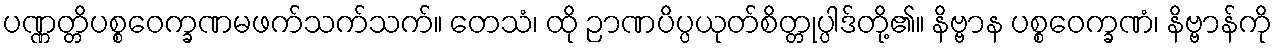
ပဏ္ဏတ္တိပစ္စဝေက္ခဏမဖက်သက်သက်။ တေသံ၊ ထို ဉာဏပိပ္ပယုတ်စိတ္တုပ္ပါဒ်တို့၏။ နိဗ္ဗာန ပစ္စဝေက္ခဏံ၊ နိဗ္ဗာန်ကို